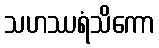
သဟဿရံသိကော